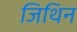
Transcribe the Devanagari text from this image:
जिथिन